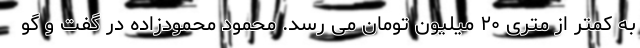
به کمتر از متری ۲۰ میلیون تومان می رسد. محمود محمودزاده در گفت و گو